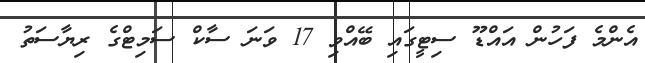
އެންމެ ފަހުން އައްޑޫ ސިޓީގައި ބޭއްވި 17 ވަނަ ސާކް ސަމިޓްގެ ރިޔާސަތު